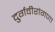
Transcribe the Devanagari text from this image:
दुर्गवीरांगणा